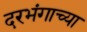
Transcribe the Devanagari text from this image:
दरभंगाच्या